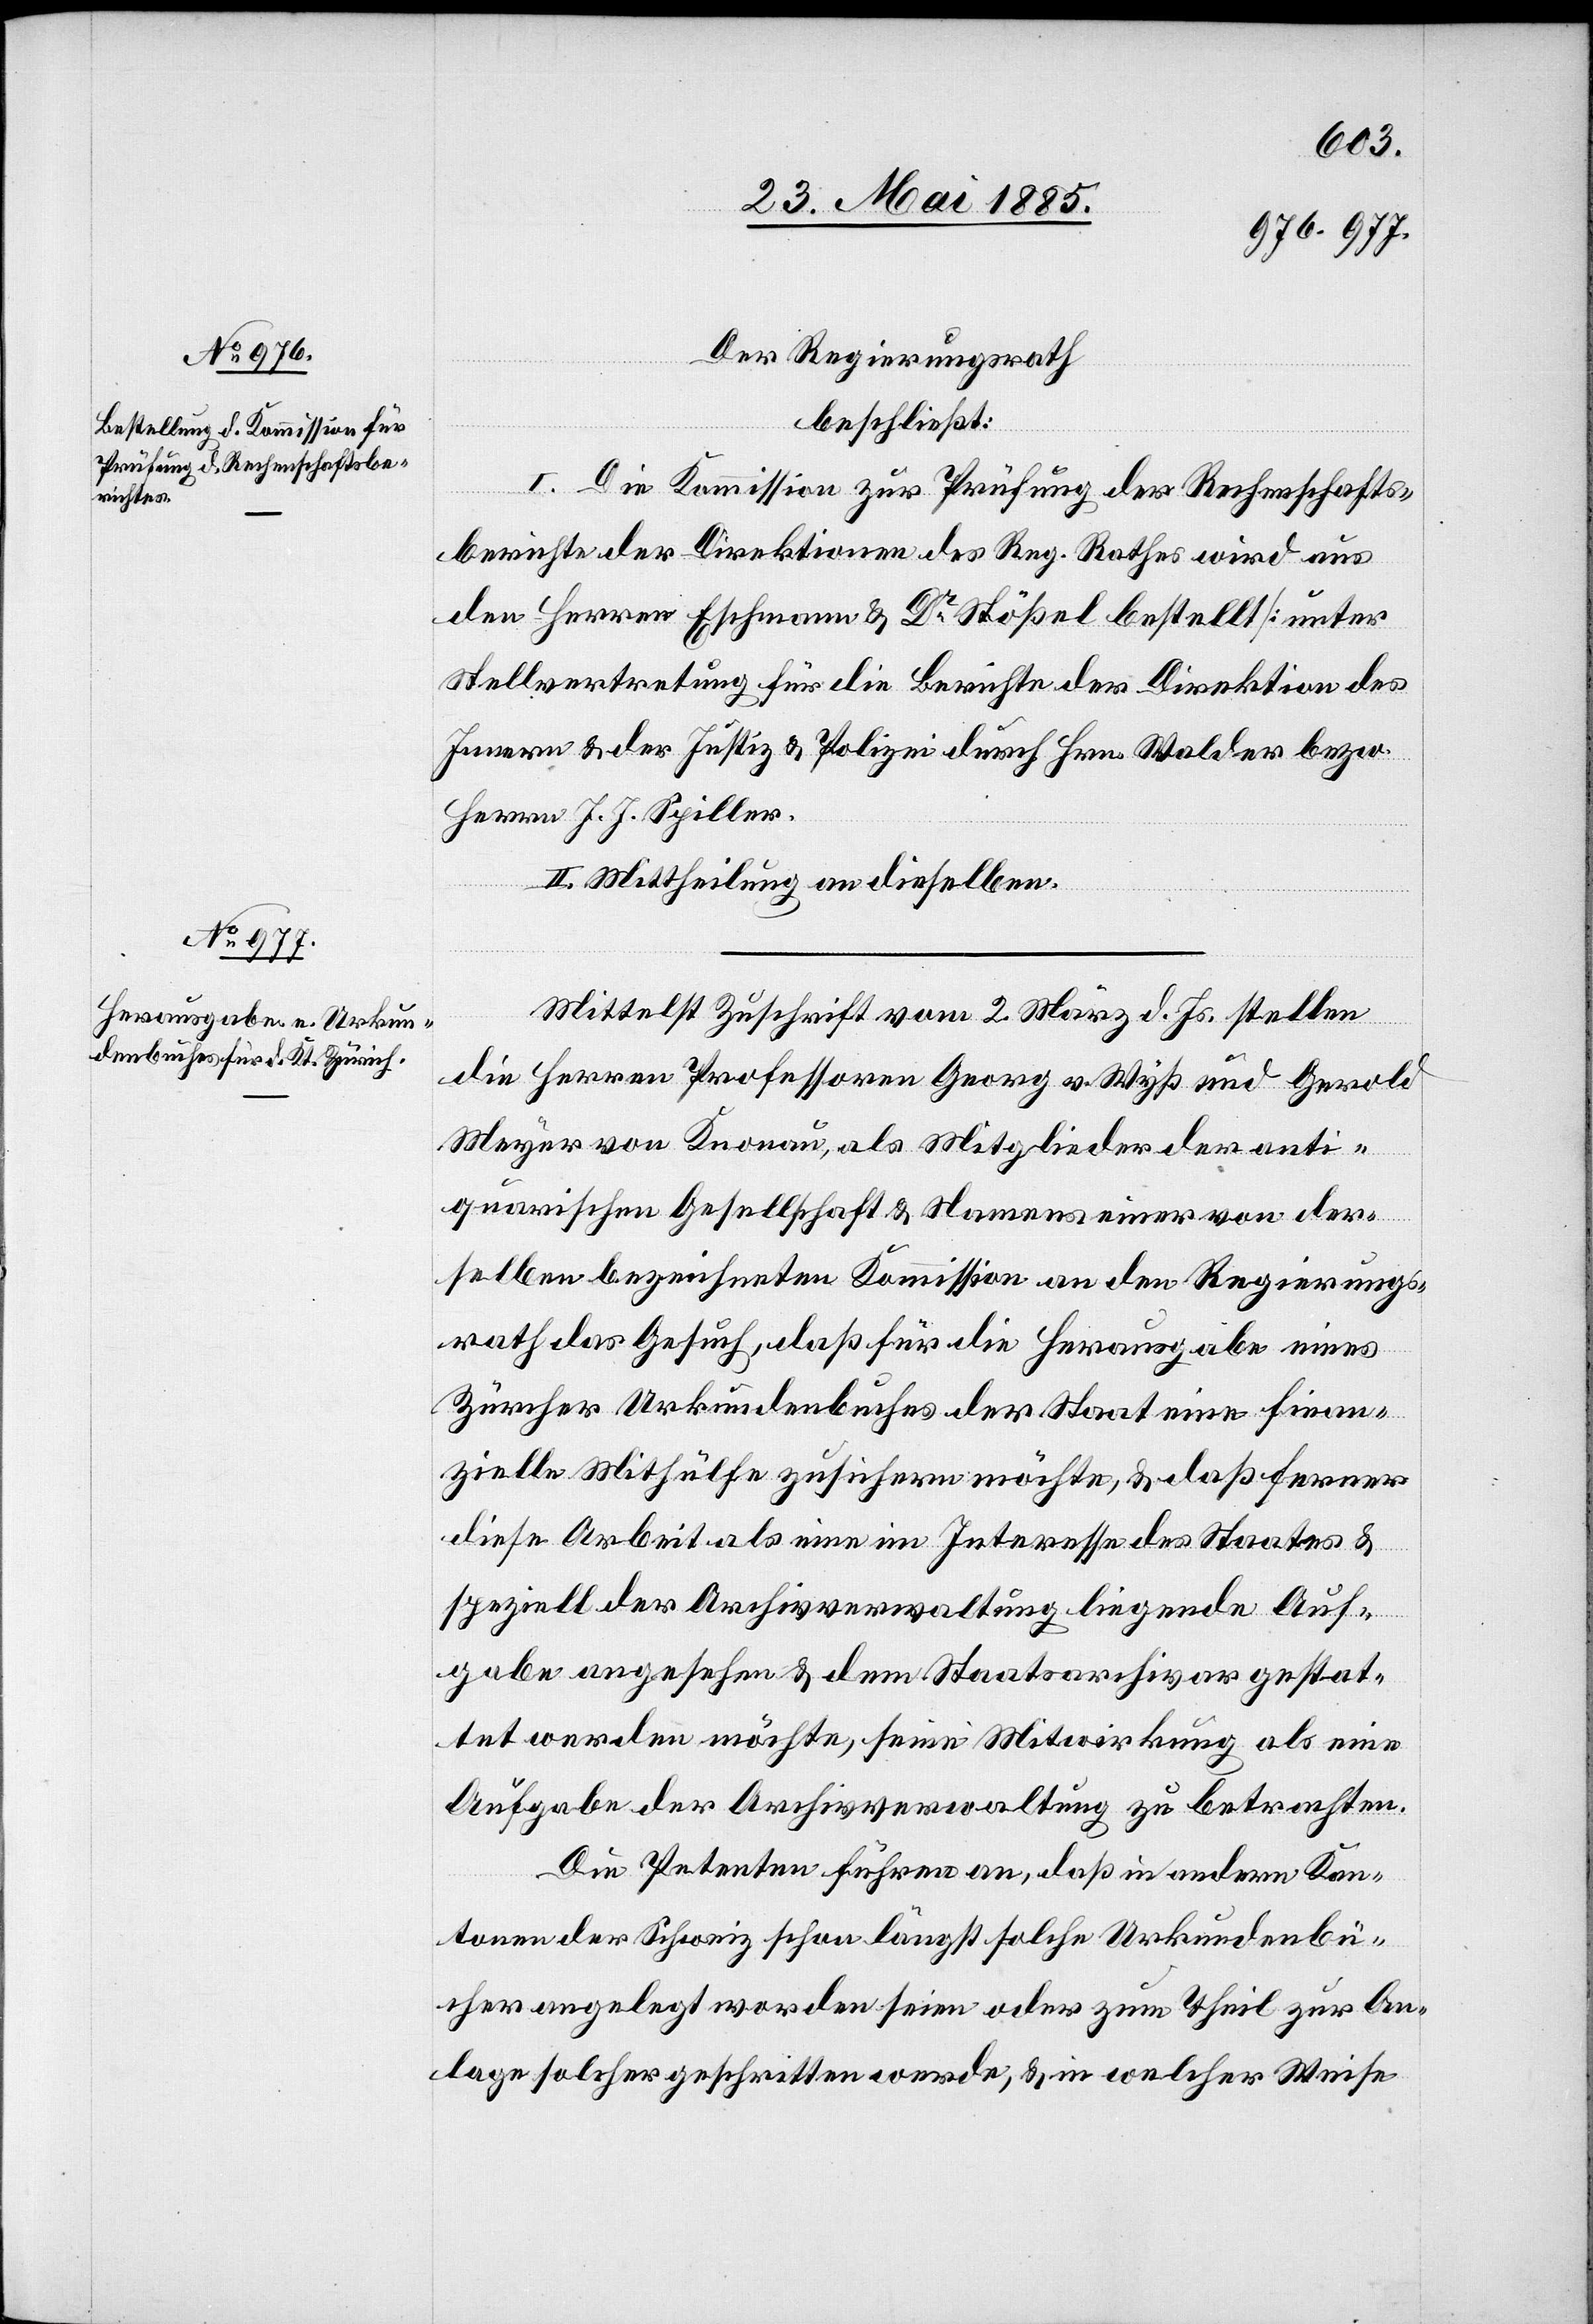
Der Regierungsrath
beschließt:
I. Die Kommission zur Prüfung der Rechenschafts¬
berichte der Direktionen des Reg. Rathes wird aus
den Herren Eschmann & Dr Stößel bestellt [unter
Stellvertretung für die Berichte der Direktion des
Innern & der Justiz & Polizei durch Hrn. Walder bezw.
Herrn J. J. Spiller.
II. Mittheilung an dieselben.
Mittelst Zuschrift vom 2. März d. Js. stellen
die Herren Professoren Georg v. Wyß und Gerold
Meyer von Knonau, als Mitglieder der anti¬
quarischen Gesellschaft & Namens einer von der¬
selben bezeichneten Kommission an den Regierungs¬
rath das Gesuch, daß für die Herausgabe eines
Zürcher Urkundenbuches der Staat eine finan¬
zielle Mithülfe zusichern möchte, & daß ferner
diese Arbeit als eine im Interesse des Staates &
speziell der Archivverwaltung liegende Auf¬
gabe angesehen & dem Staatsarchivar gestat¬
tet werden möchte, seine Mitwirkung als eine
Aufgabe der Archivverwaltung zu betrachten.
Die Petenten führen an, daß in andern Kan¬
tonen der Schweiz schon längst solche Urkundenbü¬
cher angelegt worden seien oder zum Theil zur An¬
lage solcher geschritten werde, & in welcher Weise